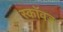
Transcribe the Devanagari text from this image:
स्कॉवड